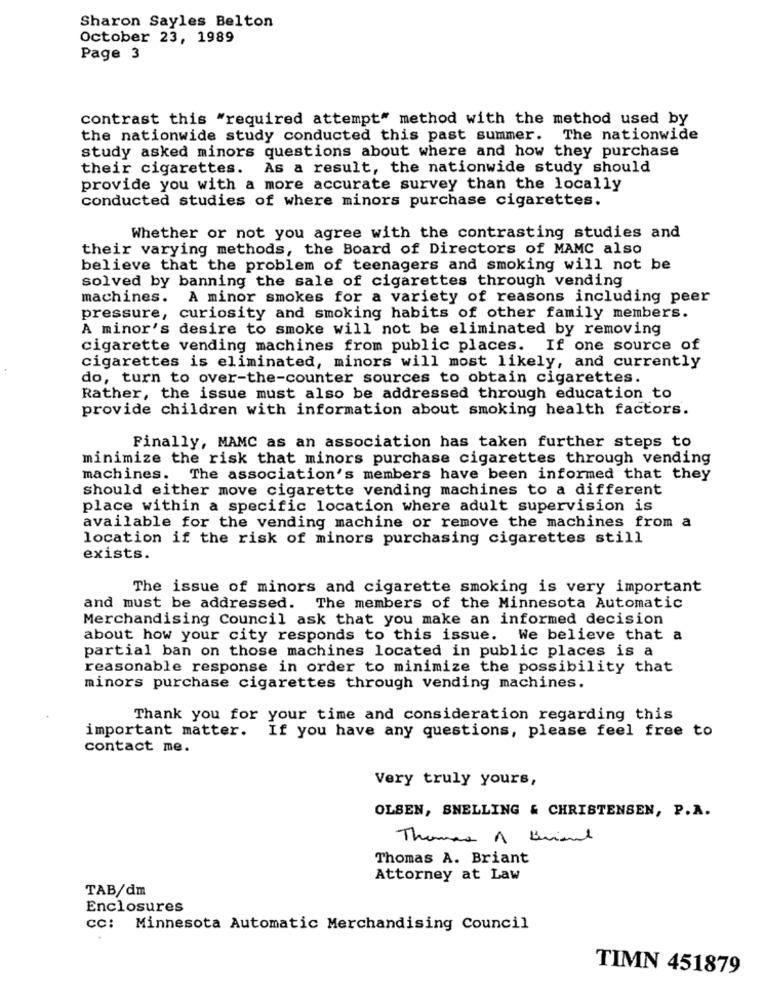
Sharon Sayles Belton
October 23, 1989
Page 3
contrast this "required attempt" method with the method used by
the nationwide study conducted this past summer. The nationwide
study asked minors questions about where and how they purchase
their cigarettes. As a result, the nationwide study should
provide you with a more accurate survey than the locally
conducted studies of where minors purchase cigarettes.
Whether or not you agree with the contrasting studies and
their varying methods, the Board of Directors of MAMC also
believe that the problem of teenagers and smoking will not be
solved by banning the sale of cigarettes through vending
machines. A minor smokes for a variety of reasons including peer
pressure, curiosity and smoking habits of other family members.
A minor's desire to smoke will not be eliminated by removing
cigarette vending machines from public places. If one source of
cigarettes is eliminated, minors will most likely, and currently
do, turn to over-the-counter sources to obtain cigarettes.
Rather, the issue must also be addressed through education to
provide children with information about smoking health factors.
Finally, MAMC as an association has taken further steps to
minimize the risk that minors purchase cigarettes through vending
machines. The association's members have been informed that they
should either move cigarette vending machines to a different
place within a specific location where adult supervision is
available for the vending machine or remove the machines from a
location if the risk of minors purchasing cigarettes still
exists.
The issue of minors and cigarette smoking is very important
and must be addressed. The members of the Minnesota Automatic
Merchandising Council ask that you make an informed decision
about how your city responds to this issue. We believe that a
partial ban on those machines located in public places is a
reasonable response in order to minimize the possibility that
minors purchase cigarettes through vending machines.
Thank you for your time and consideration regarding this
important matter. If you have any questions, please feel free to
contact me.
Very truly yours,
OLSEN, SNELLING & CHRISTENSEN, P.A.
Thomas A Briand
Thomas A. Briant
Attorney at Law
TAB/dm
Enclosures
CC: Minnesota Automatic Merchandising Council
TIMN 451879